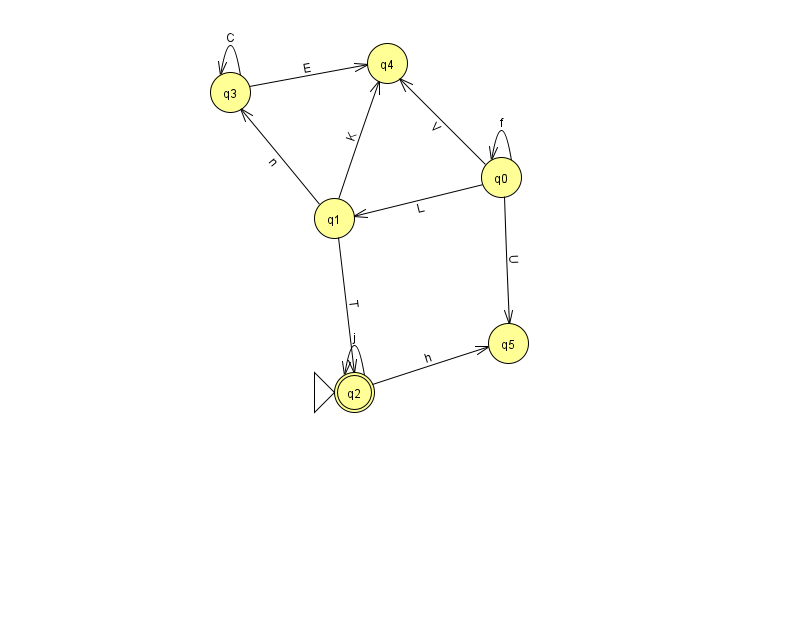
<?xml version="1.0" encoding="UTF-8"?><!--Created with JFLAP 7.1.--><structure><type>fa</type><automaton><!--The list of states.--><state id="0" name="q0"><x>501.0</x><y>164.0</y></state><state id="1" name="q1"><x>334.0</x><y>205.0</y></state><state id="2" name="q2"><x>354.0</x><y>379.0</y><initial/><final/></state><state id="3" name="q3"><x>230.0</x><y>79.0</y></state><state id="4" name="q4"><x>387.0</x><y>50.0</y></state><state id="5" name="q5"><x>508.0</x><y>330.0</y></state><!--The list of transitions.--><transition><from>1</from><to>3</to><read>n</read></transition><transition><from>0</from><to>4</to><read>V</read></transition><transition><from>3</from><to>3</to><read>C</read></transition><transition><from>2</from><to>5</to><read>h</read></transition><transition><from>0</from><to>0</to><read>f</read></transition><transition><from>0</from><to>5</to><read>U</read></transition><transition><from>1</from><to>4</to><read>K</read></transition><transition><from>2</from><to>2</to><read>j</read></transition><transition><from>0</from><to>1</to><read>L</read></transition><transition><from>3</from><to>4</to><read>E</read></transition><transition><from>1</from><to>2</to><read>T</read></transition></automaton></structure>